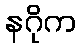
နဂိုက